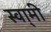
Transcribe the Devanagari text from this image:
स्वा्मी